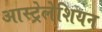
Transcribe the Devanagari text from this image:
आस्ट्रेलेशियन